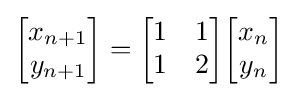
{\begin{bmatrix}x_{n+1}\\y_{n+1}\end{bmatrix}}={\begin{bmatrix}1&1\\1&2\end{bmatrix}}{\begin{bmatrix}x_{n}\\y_{n}\end{bmatrix}}